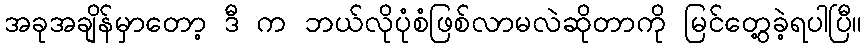
အခုအချိန်မှာတော့ ဒီ က ဘယ်လိုပုံစံဖြစ်လာမလဲဆိုတာကို မြင်တွေ့ခဲ့ရပါပြီ။